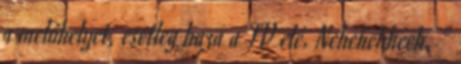
a melóhelyet, esetleg haza a TV elé. Nehehehheeh. "